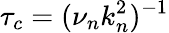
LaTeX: \tau_{c}=(\nu_{n}k_{n}^{2})^{-1}